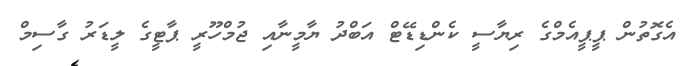
އެގޮތުން ޕީޕީއެމްގެ ރިޔާސީ ކެންޑިޑޭޓް އަބްދު ޔާމީނާއި ޖުމްހޫރީ ޕާޓީގެ ލީޑަރު ގާސިމް